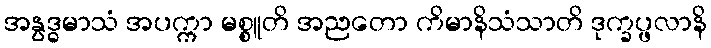
အနွဒ္ဓမာသံ အပက္ကာ မစ္စူတိ အညတော ကိမာနိသံသာတိ ဒုက္ခပ္ဖလာနိ